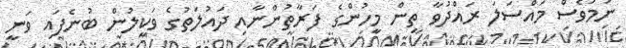
ނަމަވެސް މައްސަލަ ރައްދުވާ ތިން މީހުންގެ ފަރާތުންނާއި ދައުލަތުގެ ވަކީލުން ބުނެފައި ވަނީ